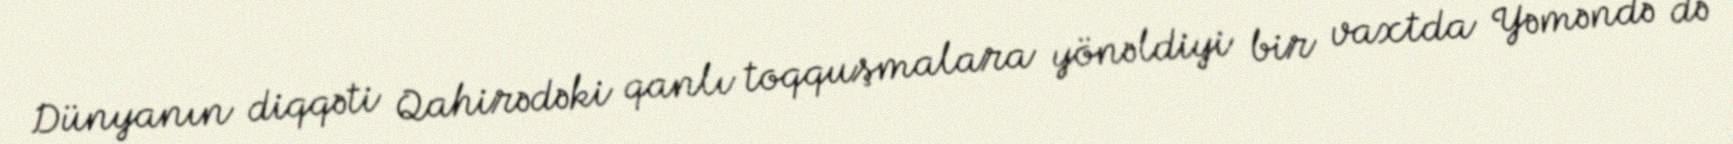
Dünyanın diqqəti Qahirədəki qanlı toqquşmalara yönəldiyi bir vaxtda Yəməndə də